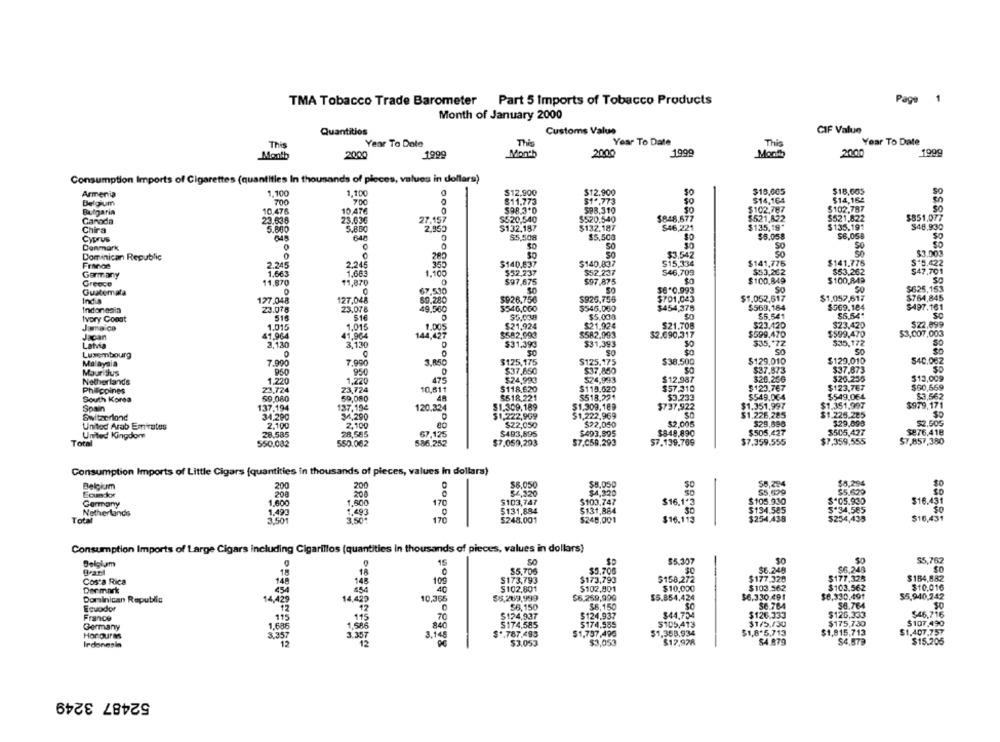
TMA Tobacco Trade Barometer Part 5 Imports of Tobacco Products
Page 1
Month of January 2000
Quantities
Customs Value
CIF Value
This
Year To Date
Year To Date
This
Year To Date
This
Montb
2000
1999
Month
2000
1999
2000
1999
Consumption Imports of Cigarettes (quantities In thousands of pieces, values in dollars)
Armenia
1.100
1.100
$12.900
$12.900
$18,005
$18,005
700
$11.773
$12.773
So
$14,164
$14,162
Belgium
700
$102.787
$102.787
Bulgaria
10.476
10.476
0
$98.310
598.310
Canada
23.636
23.036
27.157
$520,540
$520.540
$848.677
$521.822
$521,822
$851.077
Chira
5.000
5.800
2,350
$132,187
$132.187
$46,221
$135,19"
$135.191
$48,930
Cyprus
645
648
0
55,508
$5,500
$5.058
$6,05
SO
SO
Denmark
0
50
$3.542
$3.003
Dominican Republic
0
280
France
2.245
2.245
355
$140.637
$140.837
$15,334
$141,776
$141.776
S15.422
Germany
1.663
1,663
1.100
$52,237
$52.237
546,709
$53,202
$53,262
$47,701
Greece
11,870
11,870
0
$97,675
$97.875
$100,843
SO
67.530
56*0.993
90
$625,153
Guatemala
0
$1.052,617
India
127.048
127,048
89.280
$926.756
$925,756
$701,043
$1,057,517
Indonesia
23.078
23.078
49.560
$546,060
$546.060
$454,378
$569,184
$569.104
Ivory Coast
515
$5.038
$5,000
$5.541
$6.541
So
Joana ca
1.015
1.015
1.005
$21,924
$21.924
$21.708
$23.420
$23.420
$22.099
41,964
41,964
144,427
$582,993
$582.993
$2.690,317
$599.470
$3,007,003
Japan
$599.470
$35,172
Latvia
2.130
3,130
$31.393
$31,393
50
$35, 72
Luxembourg
0
50
Malayala
7.990
7.990
3.850
$125,175
$125,175
$38,500
$129.010
$129,010
840.082
Maur Jus
950
950
$37,650
$37,850
$37,873
$37.873
47ª
$24,993
$24,993
$12,987
$20,236
$20.255
$13,009
Netherlands
1.220
$123,767
$60,569
Philippines
23,724
23,724
10,811
$118.620
$110.020
$57.310
$123.767
South Korea
59,080
40
5518.221
$518.221
$3.233
$549.004
$549.064
$3.662
Span
137,194
120.324
$1.309,189
$1.309,189
$737.922
$1.351,997
$1.351,997
Switzerland
$1,222,909
$1,222,969
$1.226,285
1.225.285
$22,050
$22,050
$2,005
$29,898
$29.898
$2,505
United Arab Emirates
2.100
2,100
$493.895
$505,427
$505.427
$876.418
United Kingdom
28,585
28,585
67.125
$493,895
$848.890
Total
550.082
550.062
586,252
$7.059,293
$7.059.299
57.139.769
$7.359.555
$7,359,555
$7.857,380
Consumption Imports of Little Cigars (quantities in thousands of pieces, values In dollars)
58,294
$8,294
Belgium
200
$8.050
$5.050
$0
Ecunder
200
32.320
$4,320
$5.629
Germany
1,600
1,800
170
$103,747
$103.747
$16.1*3
$105.930
$ª05.930
$16.431
Netherlands
1.493
5131,884
$131,884
SC
$134.585
$ 34.585
Total
3.501
3.50
170
$248.001
$248,001
$16.113
$254,438
$254,435
$16,431
Consumption Imports of Large Cigars including Cigarillos (quantities in thousands of pieces, values in dollars)
Delgim
15
$0
$5.307
$0
$5,762
18
18
0
$5,706
$3.700
$6.248
$6.248
148
100
$173,793
$173,793
$158,272
$177.328
$177,328
$184,882
Costa Rica
$102,801
$102,801
$10,000
$103.562
$103,562
$10.016
Der mark
40
$6,330.491
Dominican Republic
14,429
14,429
10,365
$5,269,999
56,269,999
$5.854,424
$6.330.491
$5,940,242
Ecuador
12
12
0
56,150
$8,150
56.764
$6.764
115
70
$124.937
$124.937
$44.704
$126.333
$126,353
$46,716
France
1.636
1.505
115
8.40
$174,585
5174.555
$105,413
$1/5.130
$175,730
$107.490
Germany
$1,358.934
$1,8*5,713
$1,815,713
$1.407.757
Horouras
3.357
3.357
3.148
$ *. 787,493
$1,787,499
Indonesia
12
12
$3,053
$3,053
$17,978
$4.879
$4,579
$15.205
52487 3249